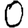
Digit: 0